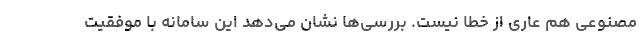
مصنوعی هم عاری از خطا نیست. بررسی‌ها نشان می‌دهد این سامانه با موفقیت